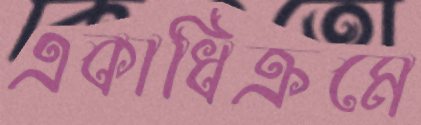
একাধিক্রমে